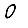
Digit: 0